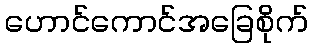
ဟောင်ကောင်အခြေစိုက်